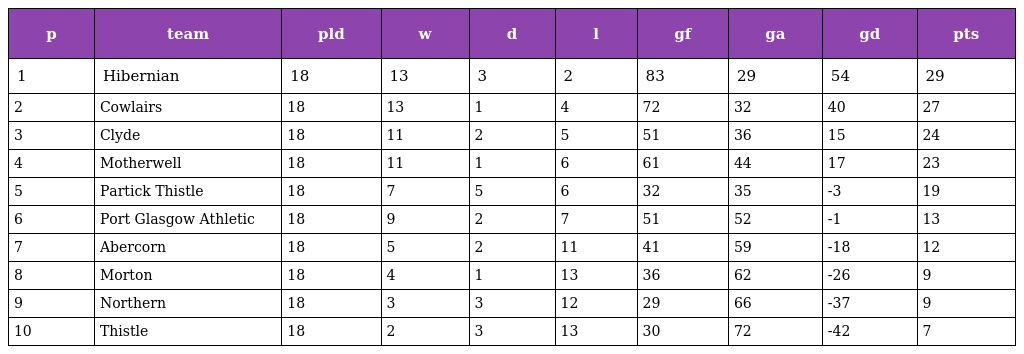
| p | team | pld | w | d | l | gf | ga | gd | pts |
 | --- | --- | --- | --- | --- | --- | --- | --- | --- | --- |
 | 1 | Hibernian | 18 | 13 | 3 | 2 | 83 | 29 | 54 | 29 |
 | 2 | Cowlairs | 18 | 13 | 1 | 4 | 72 | 32 | 40 | 27 |
 | 3 | Clyde | 18 | 11 | 2 | 5 | 51 | 36 | 15 | 24 |
 | 4 | Motherwell | 18 | 11 | 1 | 6 | 61 | 44 | 17 | 23 |
 | 5 | Partick Thistle | 18 | 7 | 5 | 6 | 32 | 35 | -3 | 19 |
 | 6 | Port Glasgow Athletic | 18 | 9 | 2 | 7 | 51 | 52 | -1 | 13 |
 | 7 | Abercorn | 18 | 5 | 2 | 11 | 41 | 59 | -18 | 12 |
 | 8 | Morton | 18 | 4 | 1 | 13 | 36 | 62 | -26 | 9 |
 | 9 | Northern | 18 | 3 | 3 | 12 | 29 | 66 | -37 | 9 |
 | 10 | Thistle | 18 | 2 | 3 | 13 | 30 | 72 | -42 | 7 |